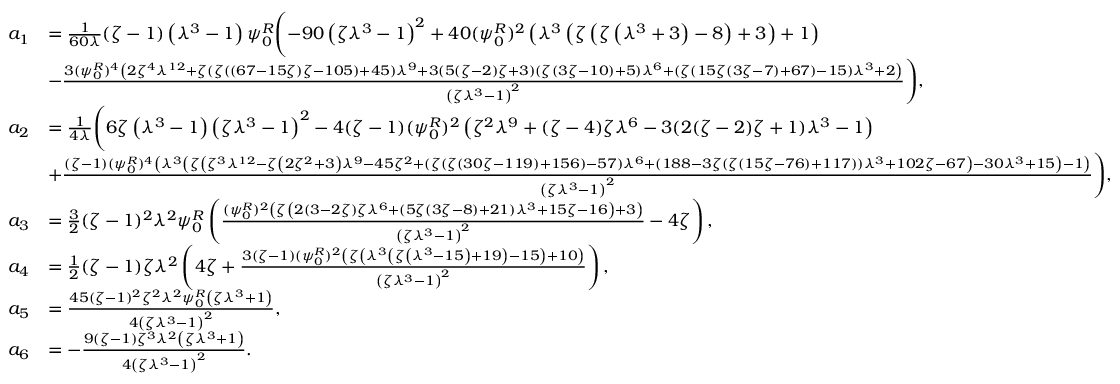
\begin{array} { r l } { a _ { 1 } } & { = \frac { 1 } { 6 0 \lambda } ( \zeta - 1 ) \left( \lambda ^ { 3 } - 1 \right) \psi _ { 0 } ^ { R } \Biggl ( - 9 0 \left( \zeta \lambda ^ { 3 } - 1 \right) ^ { 2 } + 4 0 ( \psi _ { 0 } ^ { R } ) ^ { 2 } \left( \lambda ^ { 3 } \left( \zeta \left( \zeta \left( \lambda ^ { 3 } + 3 \right) - 8 \right) + 3 \right) + 1 \right) } \\ & { - \frac { 3 ( \psi _ { 0 } ^ { R } ) ^ { 4 } \left( 2 \zeta ^ { 4 } \lambda ^ { 1 2 } + \zeta ( \zeta ( ( 6 7 - 1 5 \zeta ) \zeta - 1 0 5 ) + 4 5 ) \lambda ^ { 9 } + 3 ( 5 ( \zeta - 2 ) \zeta + 3 ) ( \zeta ( 3 \zeta - 1 0 ) + 5 ) \lambda ^ { 6 } + ( \zeta ( 1 5 \zeta ( 3 \zeta - 7 ) + 6 7 ) - 1 5 ) \lambda ^ { 3 } + 2 \right) } { \left( \zeta \lambda ^ { 3 } - 1 \right) ^ { 2 } } \Biggr ) , } \\ { a _ { 2 } } & { = \frac { 1 } { 4 \lambda } \Biggl ( 6 \zeta \left( \lambda ^ { 3 } - 1 \right) \left( \zeta \lambda ^ { 3 } - 1 \right) ^ { 2 } - 4 ( \zeta - 1 ) ( \psi _ { 0 } ^ { R } ) ^ { 2 } \left( \zeta ^ { 2 } \lambda ^ { 9 } + ( \zeta - 4 ) \zeta \lambda ^ { 6 } - 3 ( 2 ( \zeta - 2 ) \zeta + 1 ) \lambda ^ { 3 } - 1 \right) } \\ & { + \frac { ( \zeta - 1 ) ( \psi _ { 0 } ^ { R } ) ^ { 4 } \left( \lambda ^ { 3 } \left( \zeta \left( \zeta ^ { 3 } \lambda ^ { 1 2 } - \zeta \left( 2 \zeta ^ { 2 } + 3 \right) \lambda ^ { 9 } - 4 5 \zeta ^ { 2 } + ( \zeta ( \zeta ( 3 0 \zeta - 1 1 9 ) + 1 5 6 ) - 5 7 ) \lambda ^ { 6 } + ( 1 8 8 - 3 \zeta ( \zeta ( 1 5 \zeta - 7 6 ) + 1 1 7 ) ) \lambda ^ { 3 } + 1 0 2 \zeta - 6 7 \right) - 3 0 \lambda ^ { 3 } + 1 5 \right) - 1 \right) } { \left( \zeta \lambda ^ { 3 } - 1 \right) ^ { 2 } } \Biggr ) , } \\ { a _ { 3 } } & { = \frac { 3 } { 2 } ( \zeta - 1 ) ^ { 2 } \lambda ^ { 2 } \psi _ { 0 } ^ { R } \left( \frac { ( \psi _ { 0 } ^ { R } ) ^ { 2 } \left( \zeta \left( 2 ( 3 - 2 \zeta ) \zeta \lambda ^ { 6 } + ( 5 \zeta ( 3 \zeta - 8 ) + 2 1 ) \lambda ^ { 3 } + 1 5 \zeta - 1 6 \right) + 3 \right) } { \left( \zeta \lambda ^ { 3 } - 1 \right) ^ { 2 } } - 4 \zeta \right) , } \\ { a _ { 4 } } & { = \frac { 1 } { 2 } ( \zeta - 1 ) \zeta \lambda ^ { 2 } \left( 4 \zeta + \frac { 3 ( \zeta - 1 ) ( \psi _ { 0 } ^ { R } ) ^ { 2 } \left( \zeta \left( \lambda ^ { 3 } \left( \zeta \left( \lambda ^ { 3 } - 1 5 \right) + 1 9 \right) - 1 5 \right) + 1 0 \right) } { \left( \zeta \lambda ^ { 3 } - 1 \right) ^ { 2 } } \right) , } \\ { a _ { 5 } } & { = \frac { 4 5 ( \zeta - 1 ) ^ { 2 } \zeta ^ { 2 } \lambda ^ { 2 } \psi _ { 0 } ^ { R } \left( \zeta \lambda ^ { 3 } + 1 \right) } { 4 \left( \zeta \lambda ^ { 3 } - 1 \right) ^ { 2 } } , } \\ { a _ { 6 } } & { = - \frac { 9 ( \zeta - 1 ) \zeta ^ { 3 } \lambda ^ { 2 } \left( \zeta \lambda ^ { 3 } + 1 \right) } { 4 \left( \zeta \lambda ^ { 3 } - 1 \right) ^ { 2 } } . } \end{array}